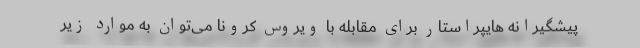
پیشگیرانه هایپراستار برای مقابله با ویروس کرونا می‌توان به موارد زیر